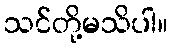
သင်တို့မသိပါ။